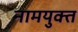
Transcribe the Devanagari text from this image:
नामयुक्त